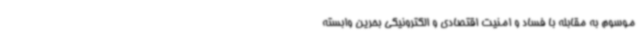
موسوم به مقابله با فساد و امنیت اقتصادی و الکترونیکی بحرین وابسته